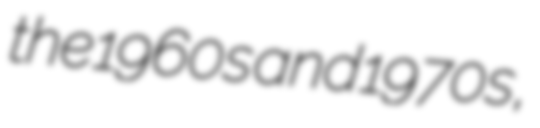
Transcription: the 1960s and 1970s,